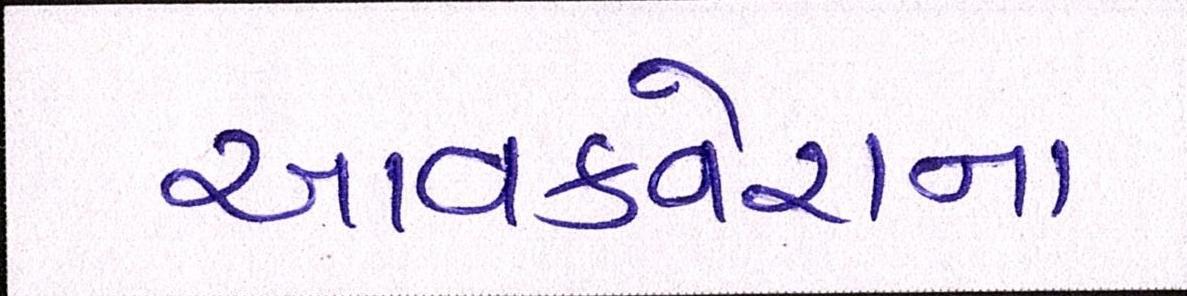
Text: આવકવેરાના